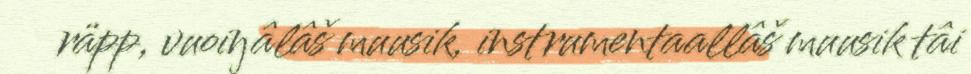
räpp, vuoiŋâlâš muusik, instrumentaallâš muusik tâi